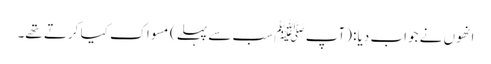
انھوں نے جواب دیا: (آپ ﷺ سب سے پہلے) مسواک کیا کرتے تھے۔